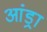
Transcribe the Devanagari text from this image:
आंड्रा